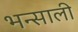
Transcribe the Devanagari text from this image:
भन्साली